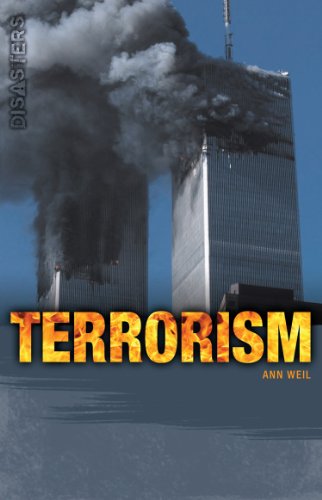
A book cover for Terrorism (Disasters); Saddleback Educational Publishing; Teen & Young Adult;